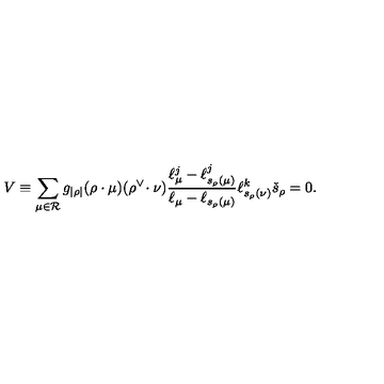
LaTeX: V \equiv \sum _ { \mu \in { \mathcal R } } g _ { | \rho | } ( \rho \cdot \mu ) ( \rho ^ { \vee } \! \cdot \nu ) \frac { \ell _ { \mu } ^ { j } - \ell _ { s _ { \rho } ( \mu ) } ^ { j } } { \ell _ { \mu } - \ell _ { s _ { \rho } ( \mu ) } } \ell _ { s _ { \rho } ( \nu ) } ^ { k } \check { s } _ { \rho } = 0 .